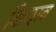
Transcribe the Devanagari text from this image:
कियाब